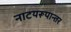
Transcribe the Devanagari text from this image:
नाटयरूपान्तर